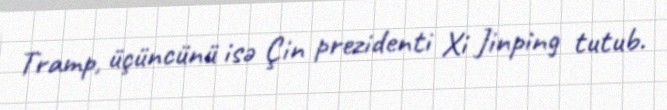
Tramp, üçüncünü isə Çin prezidenti Xi Jinping tutub.